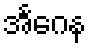
အင်္ဂေန